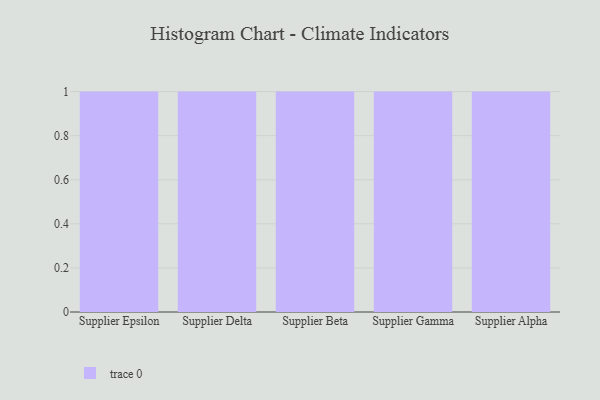
{"axis": {"x": "Supplier", "y": "Demand Index"}, "legend": [""], "data": [{"x": "Supplier Epsilon", "y": 2, "type": ""}, {"x": "Supplier Delta", "y": 27, "type": ""}, {"x": "Supplier Beta", "y": 56, "type": ""}, {"x": "Supplier Gamma", "y": 53, "type": ""}, {"x": "Supplier Alpha", "y": 17, "type": ""}]}